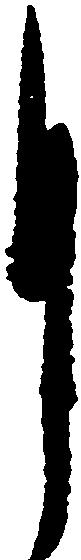
月